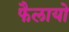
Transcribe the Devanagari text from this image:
फैलायो